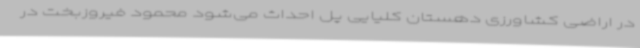
در اراضی کشاورزی دهستان کلیایی پل احداث می‌شود محمود فیروزبخت در